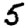
Digit: 5